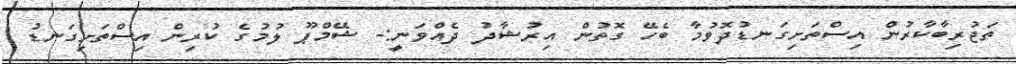
ތަޖުރިބާކާރުން އިސްތަށިގަނޑުދޮވުމާ ބެހޭ ގޮތުން އިރުޝާދު ދެއްވަނީ:- ޝޭމްޕޫ ލުމުގެ ކުރިން އިސްތަށިގަނޑު